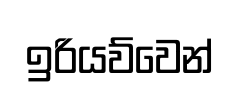
ඉරියව්වෙන්